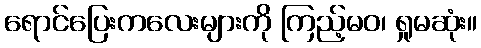
ရောင်ပြေးကလေးများကို ကြည့်မဝ၊ ရှုမဆုံး။